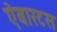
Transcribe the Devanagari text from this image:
ऐबारटस